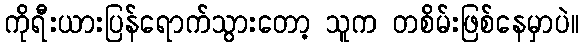
ကိုရီးယားပြန်ရောက်သွားတော့ သူက တစိမ်းဖြစ်နေမှာပဲ။